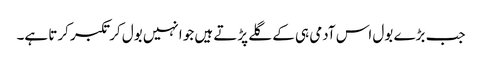
جب بڑے بول اس آدمی ہی کے گلے پڑتے ہیں جو انہیں بول کر تکبر کرتا ہے۔